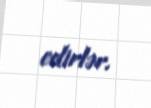
edirlər.